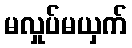
မလှုပ်မယှက်